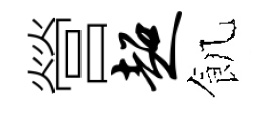
營超飢